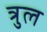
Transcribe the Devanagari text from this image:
त्रुल